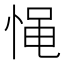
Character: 𰑪